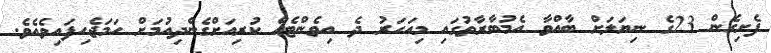
ފެށިގެން 23ގެ ނިޔަލަށް ބާއްވާ އެމުބާރާތުގައި މިއަހަރު ދެ އިވެންޓެއް ކުރިއަށްގެންދިއުމަށް ހަމަޖެހިފައިވެއެވެ.